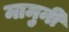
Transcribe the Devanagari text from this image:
मामुनी